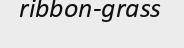
ribbon-grass